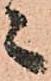
々